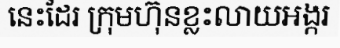
នេះដែរ ក្រុមហ៊ុនខ្លះលាយអង្ករ